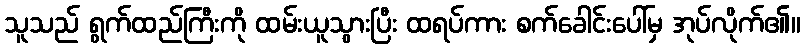
သူသည် ရွက်ထည်ကြီးကို ထမ်းယူသွားပြီး ထရပ်ကား စက်ခေါင်းပေါ်မှ အုပ်လိုက်၏။